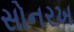
સોનરખ